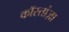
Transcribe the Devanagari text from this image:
कॉस्तांज़ा